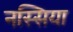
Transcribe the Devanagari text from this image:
नस्सिया